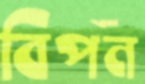
বিপন